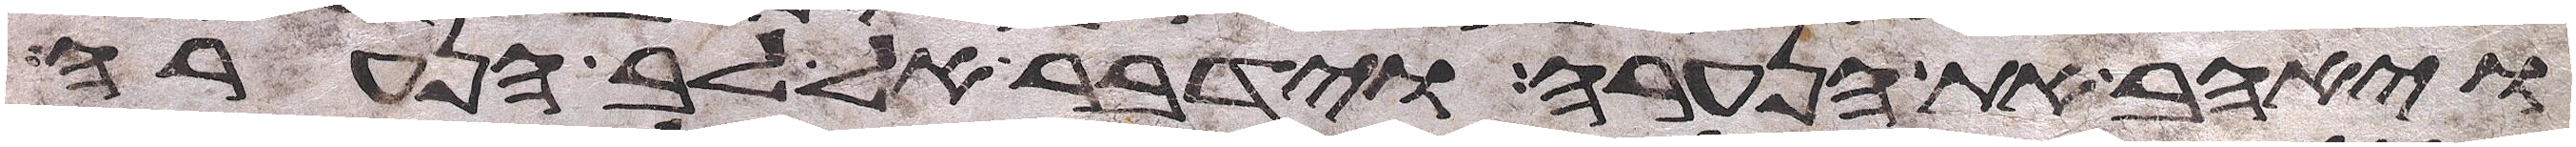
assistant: ויאהב את הנערה וידבר אל לב הנערה